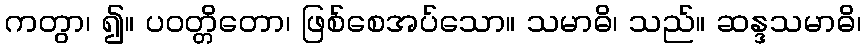
ကတွာ၊ ၍။ ပဝတ္တိတော၊ ဖြစ်စေအပ်သော။ သမာဓိ၊ သည်။ ဆန္ဒသမာဓိ၊